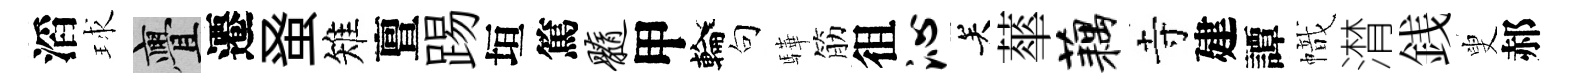
滔球亹遷𫊫雉亶踢垣篤髓甲輪句驊筋徂沁关蕐藕寺建譚幟潸銭叟郝